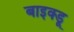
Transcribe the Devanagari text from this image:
बाइक्डू